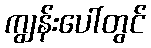
ကျွန်းပေါ်တွင်